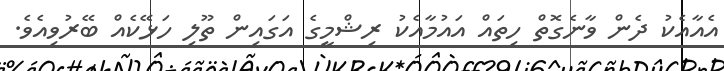
އެއާއެކު ދެން ވާނެގޮތް ހިތައް އައުމާއެކު ރިޝްމީގެ އަގައިން ތޫލި ހަޅޭކެއް ބޭރުވިއެވެ.